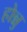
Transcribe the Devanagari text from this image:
होन्नु